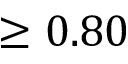
\ge 0 . 8 0